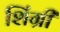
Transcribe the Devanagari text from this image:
शिंग्री